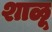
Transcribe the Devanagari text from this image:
शाळू